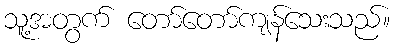
သူ့အတွက် တော်တော်ကျန်သေးသည်။